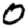
Digit: 0